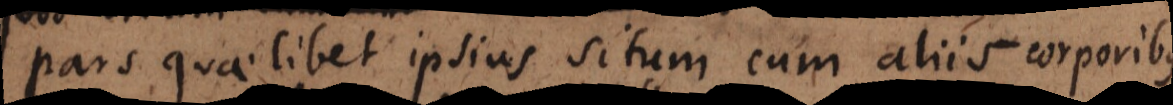
pars quaelibet ipsius situm cum aliis mutet;